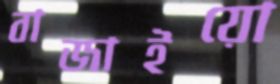
বাজাইয়ো